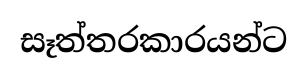
සෑත්තරකාරයන්ට